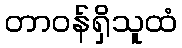
တာဝန်ရှိသူထံ